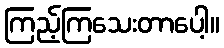
ကြည့်ကြသေးတာပေါ့။